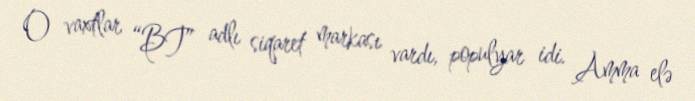
O vaxtlar “BT” adlı siqaret markası vardı, populyar idi. Amma elə